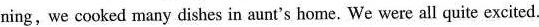
ning,we cooked many dishes in aunt's home. We were all quite excited.